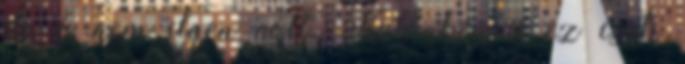
de ő nem ilyen volt. Különben is ez csak